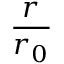
\frac { r } { r _ { 0 } }